Scottish Leaving Certificate Examination, 1951
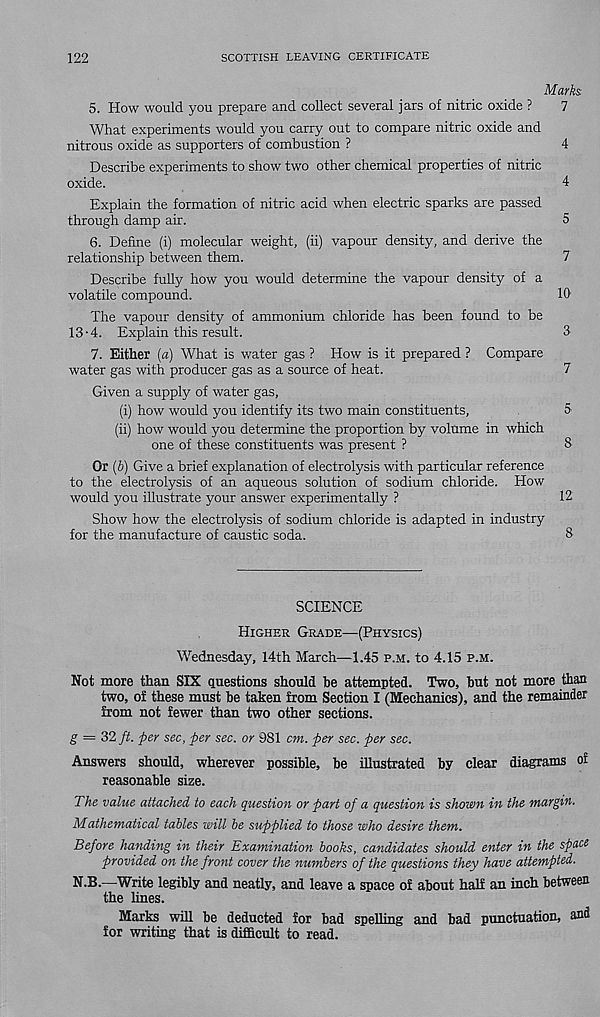
122
SCOTTISH LEAVING CERTIFICATE
Marks
5. How would you prepare and collect several jars of nitric oxide ?
7
What experiments would you carry out to compare nitric oxide and
nitrous oxide as supporters of combustion ?
4
Describe experiments to show two other chemical properties of nitric
oxide.
4
Explain the formation of nitric acid when electric sparks are passed
through damp air.
5
6. Define (i) molecular weight, (ii) vapour density, and derive the
relationship between them.
7
Describe fully how you would determine the vapour density of a
volatile compound.
10
The vapour density of ammonium chloride has been found to be
13-4. Explain this result.
3
7. Either (a) What is water gas ? How is it prepared ? Compare
water gas with producer gas as a source of heat.
7
Given a supply of water gas,
(i) how would you identify its two main constituents,
5
(ii) how would you determine the proportion by volume in which
one of these constituents was present ?
8
Or (6) Give a brief explanation of electrolysis with particular reference
to the electrolysis of an aqueous solution of sodium chloride. How
would you illustrate your answer experimentally ?
12
Show how the electrolysis of sodium chloride is adapted in industry
for the manufacture of caustic soda.
8
SCIENCE
Higher Grade—(Physics)
Wednesday, I4th March—1.45 p.m. to 4.15 p.m.
Not more than SIX questions should he attempted. Two, hut not more than
two, of these must he taken from Section I (Mechanics), and the remainder
from not fewer than two other sections.
g — 32 fit. per sec, per sec. or 981 cm. per sec. per sec.
Answers should, wherever possible, he illustrated by clear diagrams of
reasonable size.
The value attached to each question or part of a question is shown in the margin.
Mathematical tables will be supplied to those who desire them.
Before handing in their Examination books, candidates should enter in the space
provided on the front cover the numbers of the questions they have attempted.
N.B.—Write legibly and neatly, and leave a space of about half an inch between
the lines.
Marks will be deducted for bad spelling and bad punctuation, and
for writing that is difficult to read.